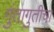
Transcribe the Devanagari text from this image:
गुंतागुतीचा